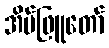
အိမ်ဖြူတော်